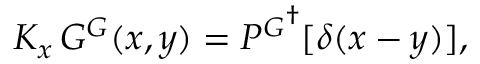
K _ { x } \, G ^ { \cal G } ( x , y ) = { P ^ { \cal G } } ^ { \dagger } [ \delta ( x - y ) ] ,